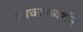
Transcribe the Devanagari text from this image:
आचरणदर्शन